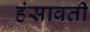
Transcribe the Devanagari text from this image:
हंसावती